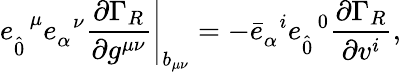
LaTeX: e_{\hat{0}}^{\; \; \mu}e_{\alpha}^{\; \; \nu}\left.\frac{\partial\Gamma_{R}}{\partial g^{\mu\nu}}\right|_{b_{\mu\nu}}=-{\bar{e}}_{\alpha}^{\; \; i}{e}_{\hat{0}}^{\; \; 0}\frac{\partial\Gamma_{R}}{\partial v^{i}},